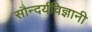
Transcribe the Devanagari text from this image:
सौन्दर्यविज्ञानी